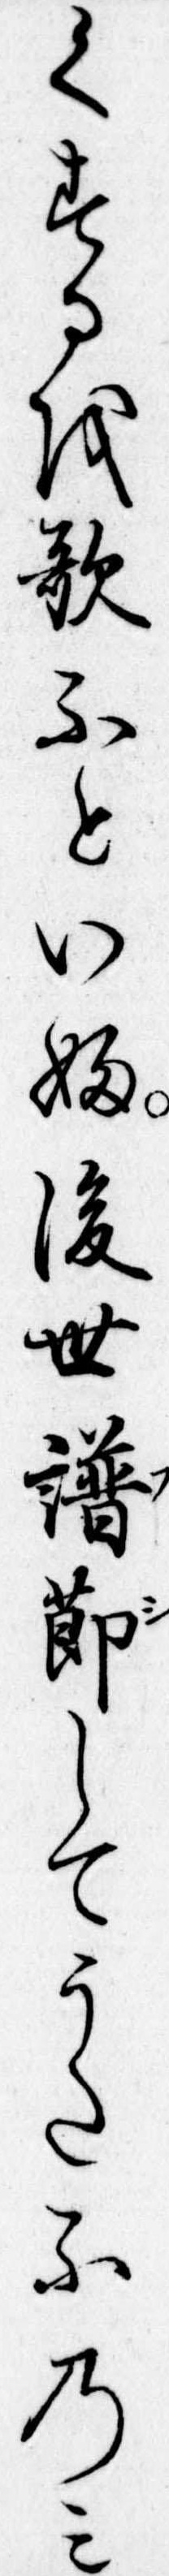
くするを歌ふといふ後世譜節してうたふのみ